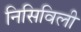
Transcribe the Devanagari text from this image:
निसिविली